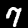
Label: 7